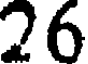
26